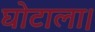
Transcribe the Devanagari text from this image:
घोटाला।